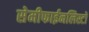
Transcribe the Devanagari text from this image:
सेमीफाईनलिस्टों